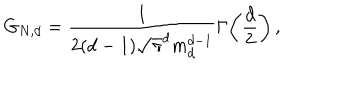
G _ { N , d } = \frac { 1 } { 2 ( d - 1 ) \sqrt { \pi } ^ { d } m _ { d } ^ { d - 1 } } \Gamma \! \left( \frac { d } { 2 } \right) ,